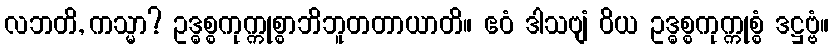
လဘတိ, ကသ္မာ? ဥဒ္ဓစ္စကုက္ကုစ္စာဘိဘူတတာယာတိ။ ဧဝံ ဒါသဗျံ ဝိယ ဥဒ္ဓစ္စကုက္ကုစ္စံ ဒဋ္ဌဗ္ဗံ။